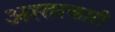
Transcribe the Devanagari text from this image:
अस्तरकारी